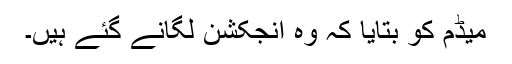
میڈم کو بتایا کہ وہ انجکشن لگانے گئے ہیں۔